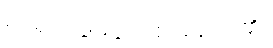
ရှာရှာဖွေဖွေကစားခဲ့ကြ၏။